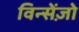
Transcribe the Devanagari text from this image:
विन्सेंज़ो